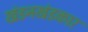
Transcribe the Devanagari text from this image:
खंडनखंडकार